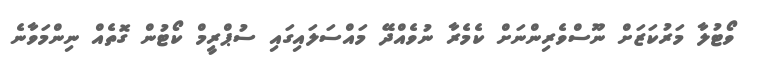
ވޯޓުލާ މަރުކަޒަށް ނޫސްވެރިންނަށް ކެމެރާ ނުވެއްދޭ މައްސަލައިގައި ސުޕްރީމް ކޯޓުން ގޮތެއް ނިންމަވާނެ